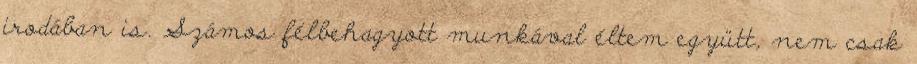
irodában is. Számos félbehagyott munkával éltem együtt, nem csak